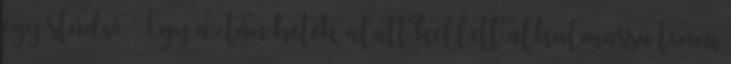
egy stúdió. Így aztán hetek alatt kellett alkalmassá tenni